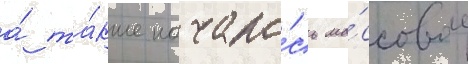
а́ та́кже начало́сь ма́ссовое